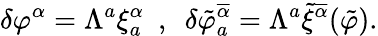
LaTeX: \delta\varphi^{\alpha}=\Lambda^{a}\xi_{a}^{\alpha}\ \ ,\ \ \delta\tilde{\varphi}_{a}^{\overline{{{\alpha}}}}=\Lambda^{a}\tilde{\xi}^{\overline{{{\alpha}}}}(\tilde{\varphi}).